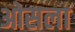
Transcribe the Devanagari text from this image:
ओसला